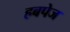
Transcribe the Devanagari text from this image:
हबपेज